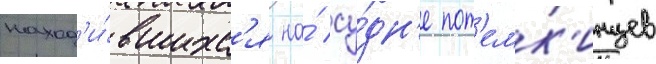
наход'и́вшихс'я на́ су́дн'е пот'емк'инцев